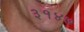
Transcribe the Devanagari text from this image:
३१४७